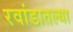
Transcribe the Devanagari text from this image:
रवांडातल्‍या